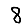
Digit: 8